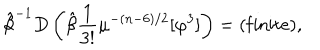
LaTeX: \hat { \beta } ^ { - 1 } D \left( \hat { \beta } { \frac { 1 } { 3 ! } } \mu ^ { - ( n - 6 ) / 2 } [ \varphi ^ { 3 } ] \right) = ( \mathrm { f i n i t e } ) ,